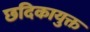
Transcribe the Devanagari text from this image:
छदिकायुक्त